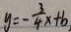
y = - \frac { 3 } { 4 } x + b .